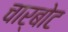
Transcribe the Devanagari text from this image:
चार्बोट